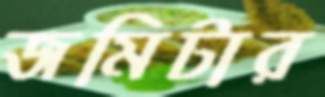
জমিটার